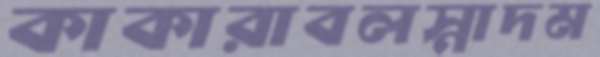
কাকারাবলস্নাদম